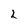
Character: 2